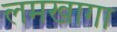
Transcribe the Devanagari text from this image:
लमखागा